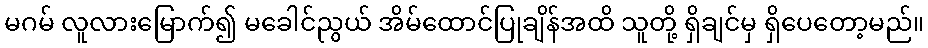
မဂမ် လူလားမြောက်၍ မခေါင်ညွယ် အိမ်ထောင်ပြုချိန်အထိ သူတို့ ရှိချင်မှ ရှိပေတော့မည်။